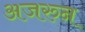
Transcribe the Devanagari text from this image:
अजरुन